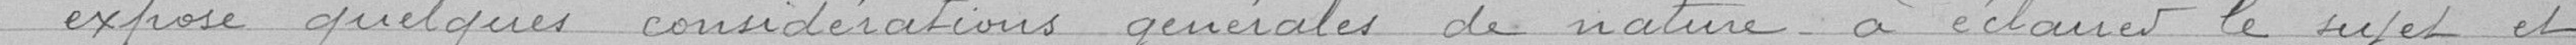
exposé quelques considérations générales de nature à éclairer le sujet et